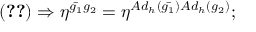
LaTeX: ( \ref { m e t r i c } ) \Rightarrow \eta ^ { { \bar { g _ { 1 } } } g _ { 2 } } = \eta ^ { A d _ { h } ( { \bar { g _ { 1 } } } ) A d _ { h } ( g _ { 2 } ) } ;